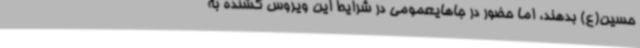
حسین(ع) بدهند، اما حضور در جاهایعمومی در شرایط این ویروس کشنده به